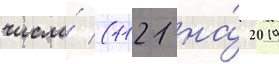
числа́ (1121 на́ 2019